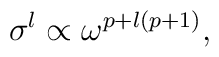
\sigma^l\propto \omega^{p+ l(p+1)},